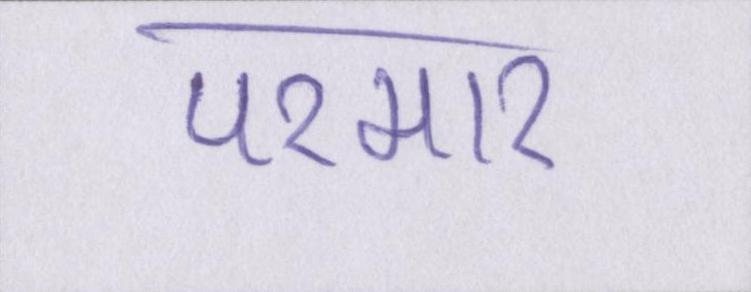
परमार